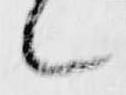
候